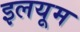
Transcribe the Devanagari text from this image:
इलयूम